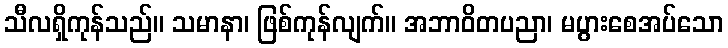
သီလရှိကုန်သည်။ သမာနာ၊ ဖြစ်ကုန်လျက်။ အဘာဝိတပညာ၊ မပွားစေအပ်သော